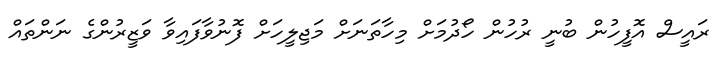
ރައީސް އޮފީހުން ބުނީ ރުހުން ހޯދުމަށް މިހާތަނަށް މަޖިލީހަށް ފޮނުވާފައިވާ ވަޒީރުންގެ ނަންތައް